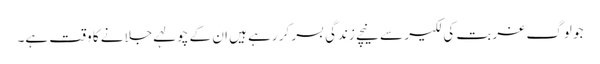
جو لوگ غربت کی لکیر سے نیچے زندگی بسر کر رہے ہیں ان کے چولہے جلانے کا وقت ہے۔